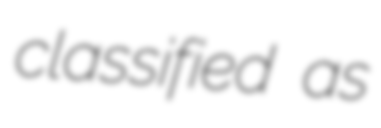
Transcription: classified as